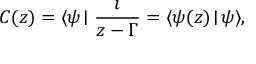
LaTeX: C ( z ) = \langle \psi \! \mid \frac { \imath } { z - \Gamma } = \langle \psi ( z ) \! \mid \! \psi \rangle ,